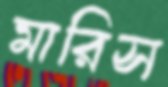
মারিস